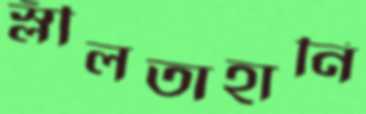
স্লীলতাহানি